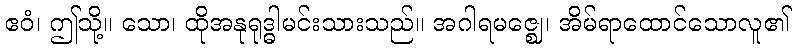
ဧဝံ၊ ဤသို့။ သော၊ ထိုအနုရုဒ္ဓါမင်းသားသည်။ အဂါရမဇ္ဈေ၊ အိမ်ရာထောင်သောလူ၏